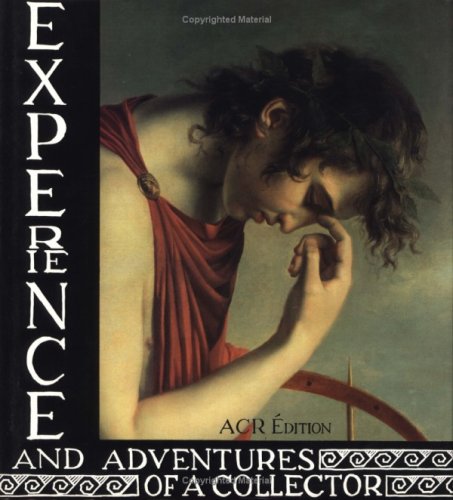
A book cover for Experience and Adventures of a Collector (multilingual); George Encil; Arts & Photography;